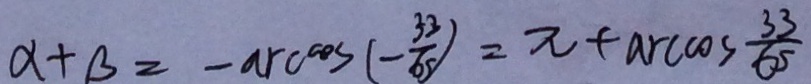
\alpha + \beta = - \arccos ( - \frac { 3 2 } { 6 5 } ) = \pi + \arccos \frac { 3 3 } { 6 5 }